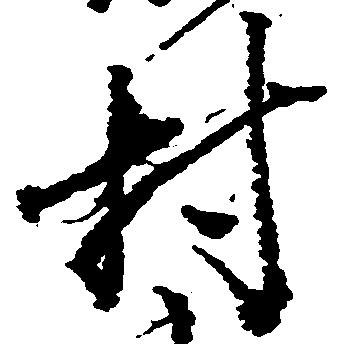
村